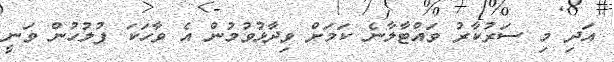
އަދި މި ސަރުކާރު ވައްޓާލާނެ ކަމަށް ވިދާޅުވުމުން އެ ވާހަކަ ފުލުހުން ވަނީ